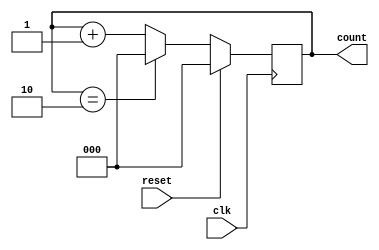
`timescale 1ns / 1ps
//////////////////////////////////////////////////////////////////////////////////
// Company: 
// Engineer: 
// 
// Design Name: 
// Module Name: mod_3_counter
// Project Name: 
// Target Devices: 
// Tool Versions: 
// Description: 
// 
// Dependencies: 
// 
// Revision:
// Revision 0.01 - File Created
// Additional Comments:
// 
//////////////////////////////////////////////////////////////////////////////////


module mod_3_counter#(parameter WIDTH = 3)(
                                            input clk,
                                            input reset,
                                            output reg [WIDTH-1:0] count);

always @(posedge clk)
begin
    if (reset) begin
        count <= 0;
    end else begin
        count <= count + 1'b1;
        if (count == WIDTH-1) 
        begin
            count <= 0;
        end
    end
end
endmodule